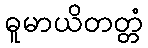
ဓူမာယိတတ္တံ